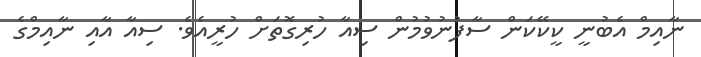
ނާއިމް އެބުނީ ކީކޭކަން ސާފުނުވުމުން ސިއާ ހުރިގޮތަށް ހުރީއެވެ. ސިއާ އާއި ނާއިމްގެ